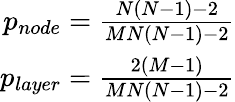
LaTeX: \begin{array}{r}{p_{node}=\frac{N(N-1)-2}{MN(N-1)-2}}\\ {p_{layer}=\frac{2(M-1)}{MN(N-1)-2}}\end{array}